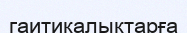
гаитикалықтарға